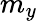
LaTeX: m_{y}